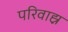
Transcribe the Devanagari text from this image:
परिवाह्न